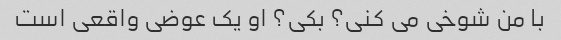
با من شوخی می کنی؟ بکی؟ او یک عوضی واقعی است